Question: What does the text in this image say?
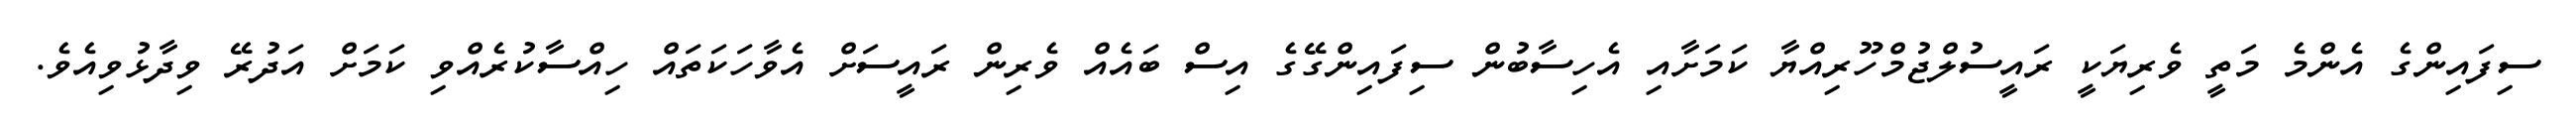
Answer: ސިފައިންގެ އެންމެ މަތީ ވެރިޔަކީ ރައީސުލްޖުމްހޫރިއްޔާ ކަމަށާއި އެހިސާބުން ސިފައިންގޭގެ އިސް ބައެއް ވެރިން ރައީސަށް އެވާހަކަތައް ހިއްސާކުރެއްވި ކަމަށް އަދުރޭ ވިދާޅުވިއެވެ.